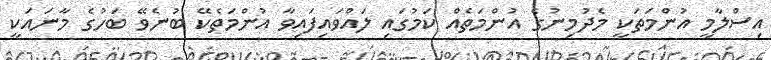
އިސްލާމީ އުންމަތަކީ މެދުމިނުގެ އުންމަތެއް ކަމުގައި ލައްވައިފައިވާ އުންމަތެކޭ ބުނެވޭ ބަހުގެ މާނައަކީ